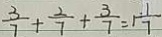
\frac { 3 } { 7 } + \frac { 2 } { 7 } + \frac { 3 } { 7 } = 1 \frac { 1 } { 7 }